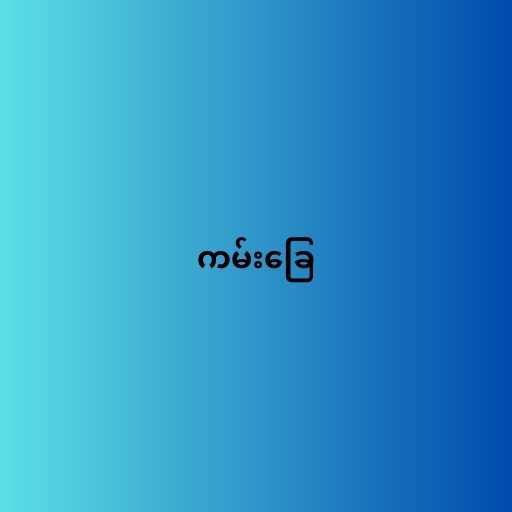
ကမ်းခြေ